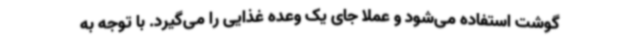
گوشت استفاده می‌شود و عملا جای یک وعده غذایی را می‌گیرد. با توجه به